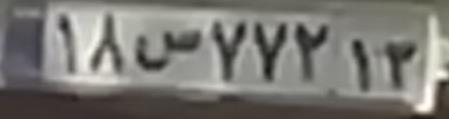
۱۸س۷۷۲۱۳